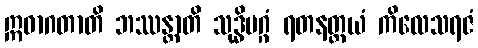
ဣဓာဂတာတိ ဘဿန္တာတိ သုဒ္ဓိမဂ္ဂံ ရတနတ္တယံ ကိလေသရဇံ